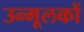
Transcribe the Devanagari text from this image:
उन्मूलकों